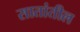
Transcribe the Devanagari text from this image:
सातांतील